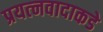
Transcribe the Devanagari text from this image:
प्रयत्‍नवादाकडे